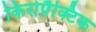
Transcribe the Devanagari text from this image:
किरोप्रैक्टिक